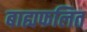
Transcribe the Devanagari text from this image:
बाह्यफलित